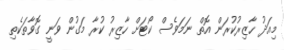
މިއަދު ހާޒިރުކުރަން އޮތް ނަމަވެސް ކޯޓަށް ހާޒިރު ކުރާ މަގުން ވަނީ ގޮވާތަކެތި